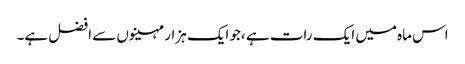
اس ماہ میں ایک رات ہے ،جو ایک ہزار مہینوں سے افضل ہے۔